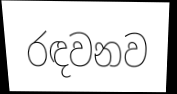
රඳවනව